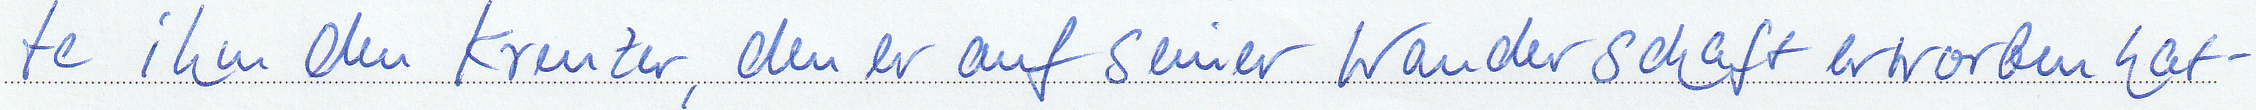
te ihn den Kreuzer, den er auf seiner Wanderschaft erworben hat-